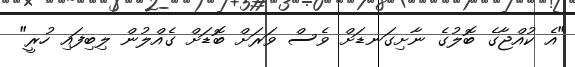
"އެ ކުއްޖާގެ ބޮލުގެ ނާާށިގަނޑަށް ވެސް ވަރަށް ބޮޑަށް ގެއްލުން ލިބިފައި ހުރީ"